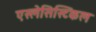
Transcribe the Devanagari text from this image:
एस्लेसिस्टिकल